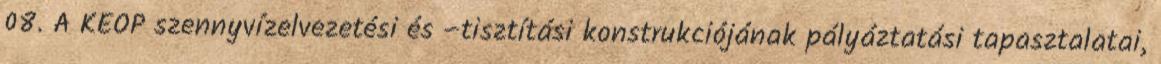
08. A KEOP szennyvízelvezetési és –tisztítási konstrukciójának pályáztatási tapasztalatai,